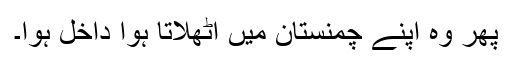
پھر وہ اپنے چمنستان میں اٹھلاتا ہوا داخل ہوا۔